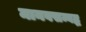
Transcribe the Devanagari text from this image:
मानवसम्बद्ध